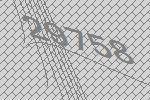
29758